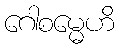
ဂေါစမ္မေဟိ